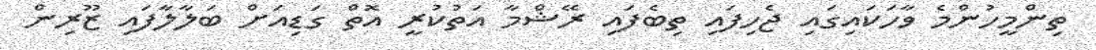
ތިންމީހުންމެ ވާހަކައިގައި ޖެހިފައި ތިބެފައި ރޭޝްމާ އަތުކުރީ އޮތް ގަޑިއަށް ބަލާލާފައި ޒޫރިން